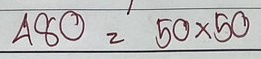
480 = 50x50